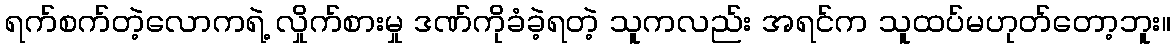
ရက်စက်တဲ့လောကရဲ့ လှိုက်စားမှု ဒဏ်ကိုခံခဲ့ရတဲ့ သူကလည်း အရင်က သူထပ်မဟုတ်တော့ဘူး။